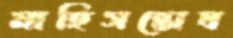
মাহিসন্তোষ